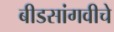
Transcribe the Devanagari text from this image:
बीडसांगवीचे